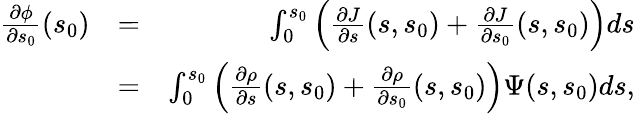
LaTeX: \begin{array}{rlr}{\frac{\partial\phi}{\partial s_{0}}(s_{0})}&{=}&{\int_{0}^{s_{0}}\left(\frac{\partial J}{\partial s}(s,s_{0})+\frac{\partial J}{\partial s_{0}}(s,s_{0})\right)ds}\\ &{=}&{\int_{0}^{s_{0}}\left(\frac{\partial\rho}{\partial s}(s,s_{0})+\frac{\partial\rho}{\partial s_{0}}(s,s_{0})\right)\Psi(s,s_{0})ds,}\end{array}